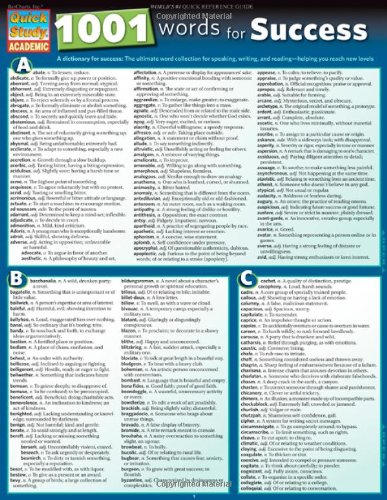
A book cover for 1001 Words For Success (Quick Study: Academic); Inc. BarCharts; Reference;